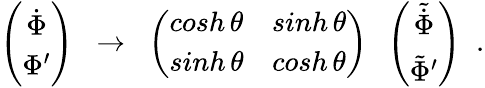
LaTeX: \left(\begin{array}{c}{{\dot{\Phi}}}\\ {{\Phi^{\prime}}}\end{array}\right)\; \; \rightarrow\; \; \left(\begin{array}{cc}{{cosh\, \theta}}&{{sinh\, \theta}}\\ {{sinh\, \theta}}&{{cosh\, \theta}}\end{array}\right)\; \; \left(\begin{array}{c}{{\tilde{\dot{\Phi}}}}\\ {{\tilde{\Phi}^{\prime}}}\end{array}\right)\; \; .